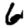
Digit: 6